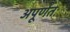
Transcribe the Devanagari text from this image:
अपूर्णतः